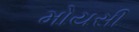
મોયસી